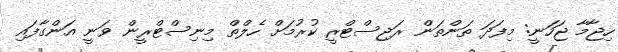
ހިޖާމާ ޖަހަނީ: މިފަދަ ތަންތަން ރަޖިސްޓްރީ ކުރުމަށް ހެލްތް މިނިސްޓްރީން ވަނީ އަންގާފައި